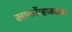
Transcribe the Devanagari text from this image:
खार्कोव्हजवळ